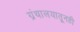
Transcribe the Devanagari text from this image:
ग्रंथालयातूनही